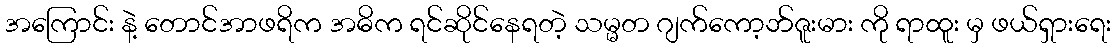
အကြောင်း နဲ့ တောင်အာဖရိက အဓိက ရင်ဆိုင်နေရတဲ့ သမ္မတ ဂျက်ကော့ဘ်ဇူးမား ကို ရာထူး မှ ဖယ်ရှားရေး